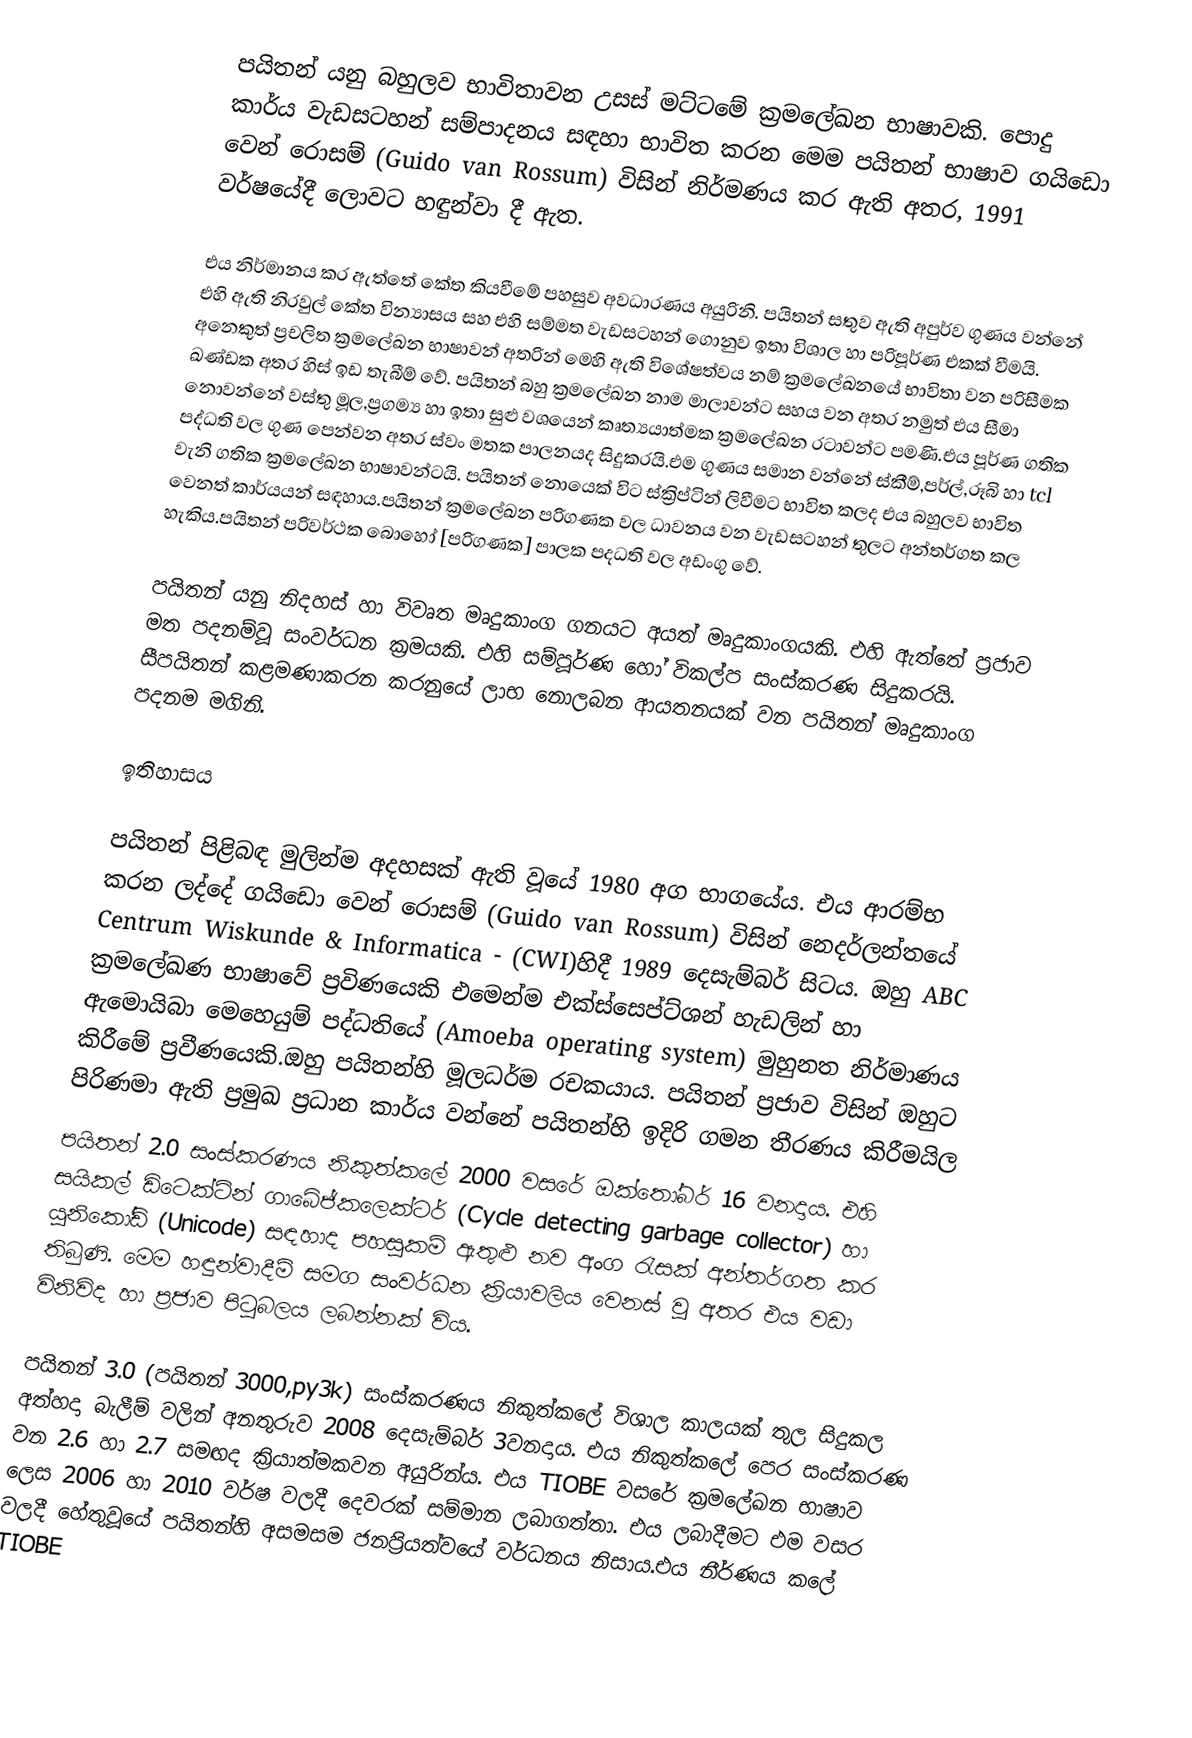
පයිතන් යනු බහුලව භාවිතාවන උසස් මට්ටමේ ක්‍රමලේඛන භාෂාවකි. පොදු කාර්ය වැඩසටහන් සම්පාදනය සඳහා භාවිත කරන මෙම පයිතන් භාෂාව ගයිඩො වෙන් රොසම් (Guido van Rossum) විසින් නිර්මණය කර ඇති අතර, 1991 වර්ෂයේදී ලොවට හඳුන්වා දී ඇත.

එය නිර්මානය කර ඇත්තේ කේත කියවීමේ පහසුව අවධාරණය අ‍යුරිනි. පයිතන් සතුව ඇති අපුර්ව ගුණය වන්නේ එහි ඇති නිරවුල් කේත වින්‍යාසය සහ එහි සම්මත වැඩසටහන් ගොනුව ඉතා විශාල හා පරිපූර්ණ එකක් වීමයි. අනෙකුත් ප්‍රචලිත ක්‍රමලේඛන භාෂාවන් අතරින් මෙහි ඇති විශේෂත්වය නම් ක්‍රමලේඛනයේ භාවිතා වන පරිසීමක ඛණ්ඩක අතර හිස් ඉඩ තැබීම් වේ. පයිතන් බහු ක්‍රමලේඛන නාම මාලාවන්ට සහය වන අතර නමුත් එය සීමා නොවන්නේ වස්තු මූල,ප්‍රගම්‍ය හා ඉතා සුළු වශයෙන් කෘත්‍යයාත්මක ක්‍රමලේඛන රටාවන්ට පමණි.එය පූර්ණ ගතික පද්ධති වල ගුණ පෙන්වන අතර ස්වං මතක පාලනයද සිදුකරයි.එම ගුණය සමාන වන්නේ ස්කීම්,පර්ල්,රූබි හා tcl වැනි ගතික ක්‍රමලේඛන භාෂාවන්ටයි. පයිතන් නොයෙක් විට ස්ක්‍රිප්ටින් ලිවීමට භාවිත කලද එය බහුලව භාවිත වෙනත් කාර්යයන් සඳහාය.පයිතන් ක්‍රමලේඛන පරිගණක වල ධාවනය වන වැඩසටහන් තුලට අන්තර්ගත කල හැකිය.පයිතන් පරිවර්ථක බොහෝ [පරිගණක] පාලක පදධති වල අඩංගු වේ.

පයිතන් යනු නිදහස් හා විවෘත මෘදුකාංග ගනයට අයත් මෘදුකාංගයකි. එහි ඇත්තේ ප්‍රජාව මත පදනම්වූ සංවර්ධන ක්‍රමයකි. එහි සම්පූර්ණ හෝ විකල්ප සංස්කරණ සිදුකරයි. සීපයිතන් කළමණාකරන කරනුයේ ලාභ නොලබන ආයතනයක් වන පයිතන් මෘදුකාංග පදනම මගිනි.

ඉතිහාසය

පයිතන් පිළිබඳ මුලින්ම අදහසක් ඇති වූයේ 1980 අග භාගයේය. එය ආරම්භ කරන ලද්දේ ගයිඩො වෙන් රොසම් (Guido van Rossum) විසින් නෙදර්ලන්තයේ Centrum Wiskunde & Informatica - (CWI)හිදී 1989 දෙසැම්බර් සිටය. ඔහු ABC ක්‍රමලේඛණ භාෂාවේ ප්‍රවිණයෙකි එමෙන්ම එක්ස්සෙප්ට්ශන් හැඩලින් හා ඇමොයිබා මෙහෙයුම් පද්ධතියේ (Amoeba operating system) මුහුනත නිර්මාණය  කිරීමේ ප්‍රවීණයෙකි.ඔහු පයිතන්හි මූලධර්ම රචකයාය. පයිතන් ප්‍රජාව විසින් ඔහුට පිරිණමා  ඇති ප්‍රමුඛ  ප්‍රධාන කාර්ය වන්නේ පයිතන්හි ඉදිරි ගමන තීරණය කිරීමයිල
පයිතන් 2.0 සංස්කරණය නිකුත්කලේ 2000 වසරේ ඔක්තෝබර් 16 වනදාය. එහි සයිකල් ඩිටෙක්ටින් ගාබේජ්කලෙක්ටර් (Cycle detecting garbage collector) හා යුනිකෝඩ් (Unicode) සඳහාද පහසුකම් ඇතුළු නව අංග රැසක් අන්තර්ගත කර තිබුණි. මෙම හඳුන්වාදීම් සමග සංවර්ධන ක්‍රියාවලිය වෙනස් වූ අතර එය වඩා විනිවිද හා ප්‍රජාව පිටුබලය ලබන්නක් විය.

පයිතන් 3.0 (පයිතන් 3000,py3k) සංස්කරණය නිකුත්කලේ විශාල කාලයක් තුල සිදුකල අත්හදා බැලීම් වලින් අනතුරුව 2008 දෙසැම්බර් 3වනදාය. එය නිකුත්කලේ පෙර සංස්කරණ වන 2.6 හා 2.7 සමඟද ක්‍රියාත්මකවන අයුරින්ය. එය TIOBE වසරේ ක්‍රමලේඛන භාෂාව ලෙස 2006 හා 2010 වර්ෂ වලදී දෙවරක් සම්මාන ලබාගත්තා. එය ලබාදීමට එම වසර වලදී හේතුවූයේ පයිතන්හි අසමසම ජනප්‍රියත්වයේ වර්ධනය නිසාය.එය නීර්ණය කලේ TIOBE